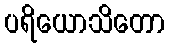
ပရိယောသိတော